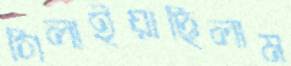
গিলাইয়াছিলাম